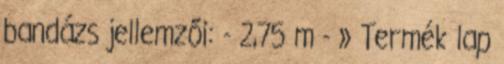
bandázs jellemzői: - 2,75 m - » Termék lap